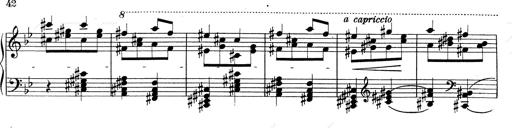
Title: RÃ©miniscences de Don Juan
Composer: Franz Liszt